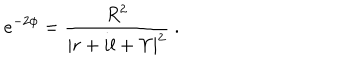
e ^ { - 2 \phi } = \frac { R ^ { 2 } } { | r + i l + \Upsilon | ^ { 2 } } \ .